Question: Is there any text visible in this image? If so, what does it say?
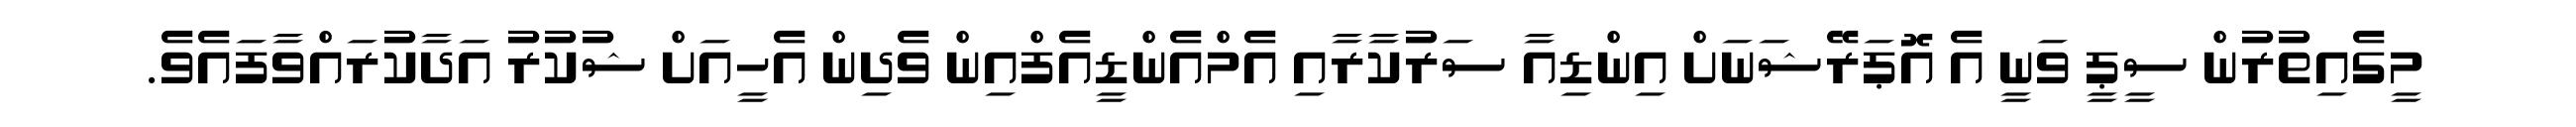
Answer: މީގެއިތުރުން ސީޕީ ވަނީ އެ އޮޕަރޭޝަނަށް އިންޑިއާ ސަރުކާރާއި އެމްއެންޑީއެފްއިން ވެދިން އެހީއަށް ޝުކުރު އަދާކުރައްވާފައެވެ.